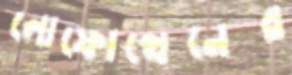
লোফোথেনের